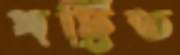
ঘট্টিত